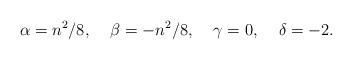
LaTeX: \begin{align*}\alpha = {n^2}/{8},\;\;\;\;\beta = - {n^2}/{8},\;\;\;\;\gamma = 0,\;\;\;\;\delta = -2.\end{align*}